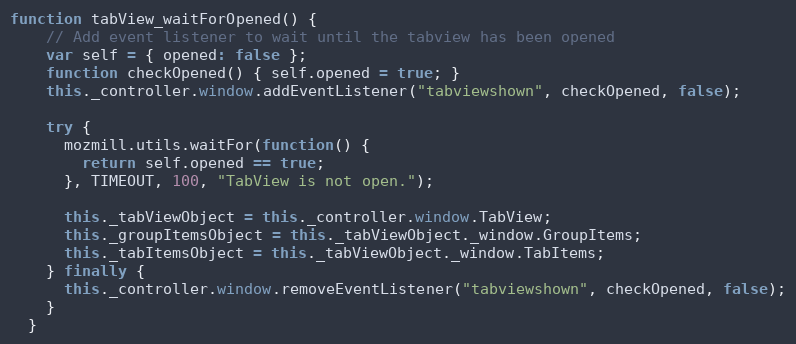
Language: JavaScript
function tabView_waitForOpened() {
    // Add event listener to wait until the tabview has been opened
    var self = { opened: false };
    function checkOpened() { self.opened = true; }
    this._controller.window.addEventListener("tabviewshown", checkOpened, false);

    try {
      mozmill.utils.waitFor(function() {
        return self.opened == true;
      }, TIMEOUT, 100, "TabView is not open.");

      this._tabViewObject = this._controller.window.TabView;
      this._groupItemsObject = this._tabViewObject._window.GroupItems;
      this._tabItemsObject = this._tabViewObject._window.TabItems;
    } finally {
      this._controller.window.removeEventListener("tabviewshown", checkOpened, false);
    }
  }